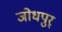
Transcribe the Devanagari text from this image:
जोधपुर्